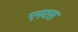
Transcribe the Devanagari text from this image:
एस्टस